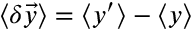
\left< { \delta \vec { y } } \right> = \left< { y ^ { \prime } } \right> - \left< { y } \right>